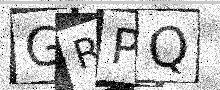
Text: GRPQ